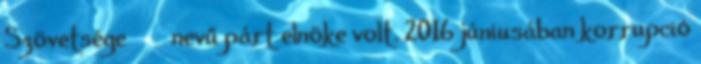
Szövetsége СПС nevű párt elnöke volt. 2016 júniusában korrupció